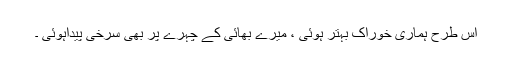
اس طرح ہماری خوراک بہتر ہوئی ، میرے بھائی کے چہرے پر بھی سرخی پیداہوئی ۔